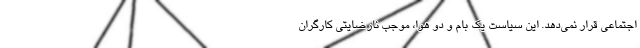
اجتماعی قرار نمی‌دهد. این سیاست یک بام و دو هوا، موجب نارضایتی کارگران